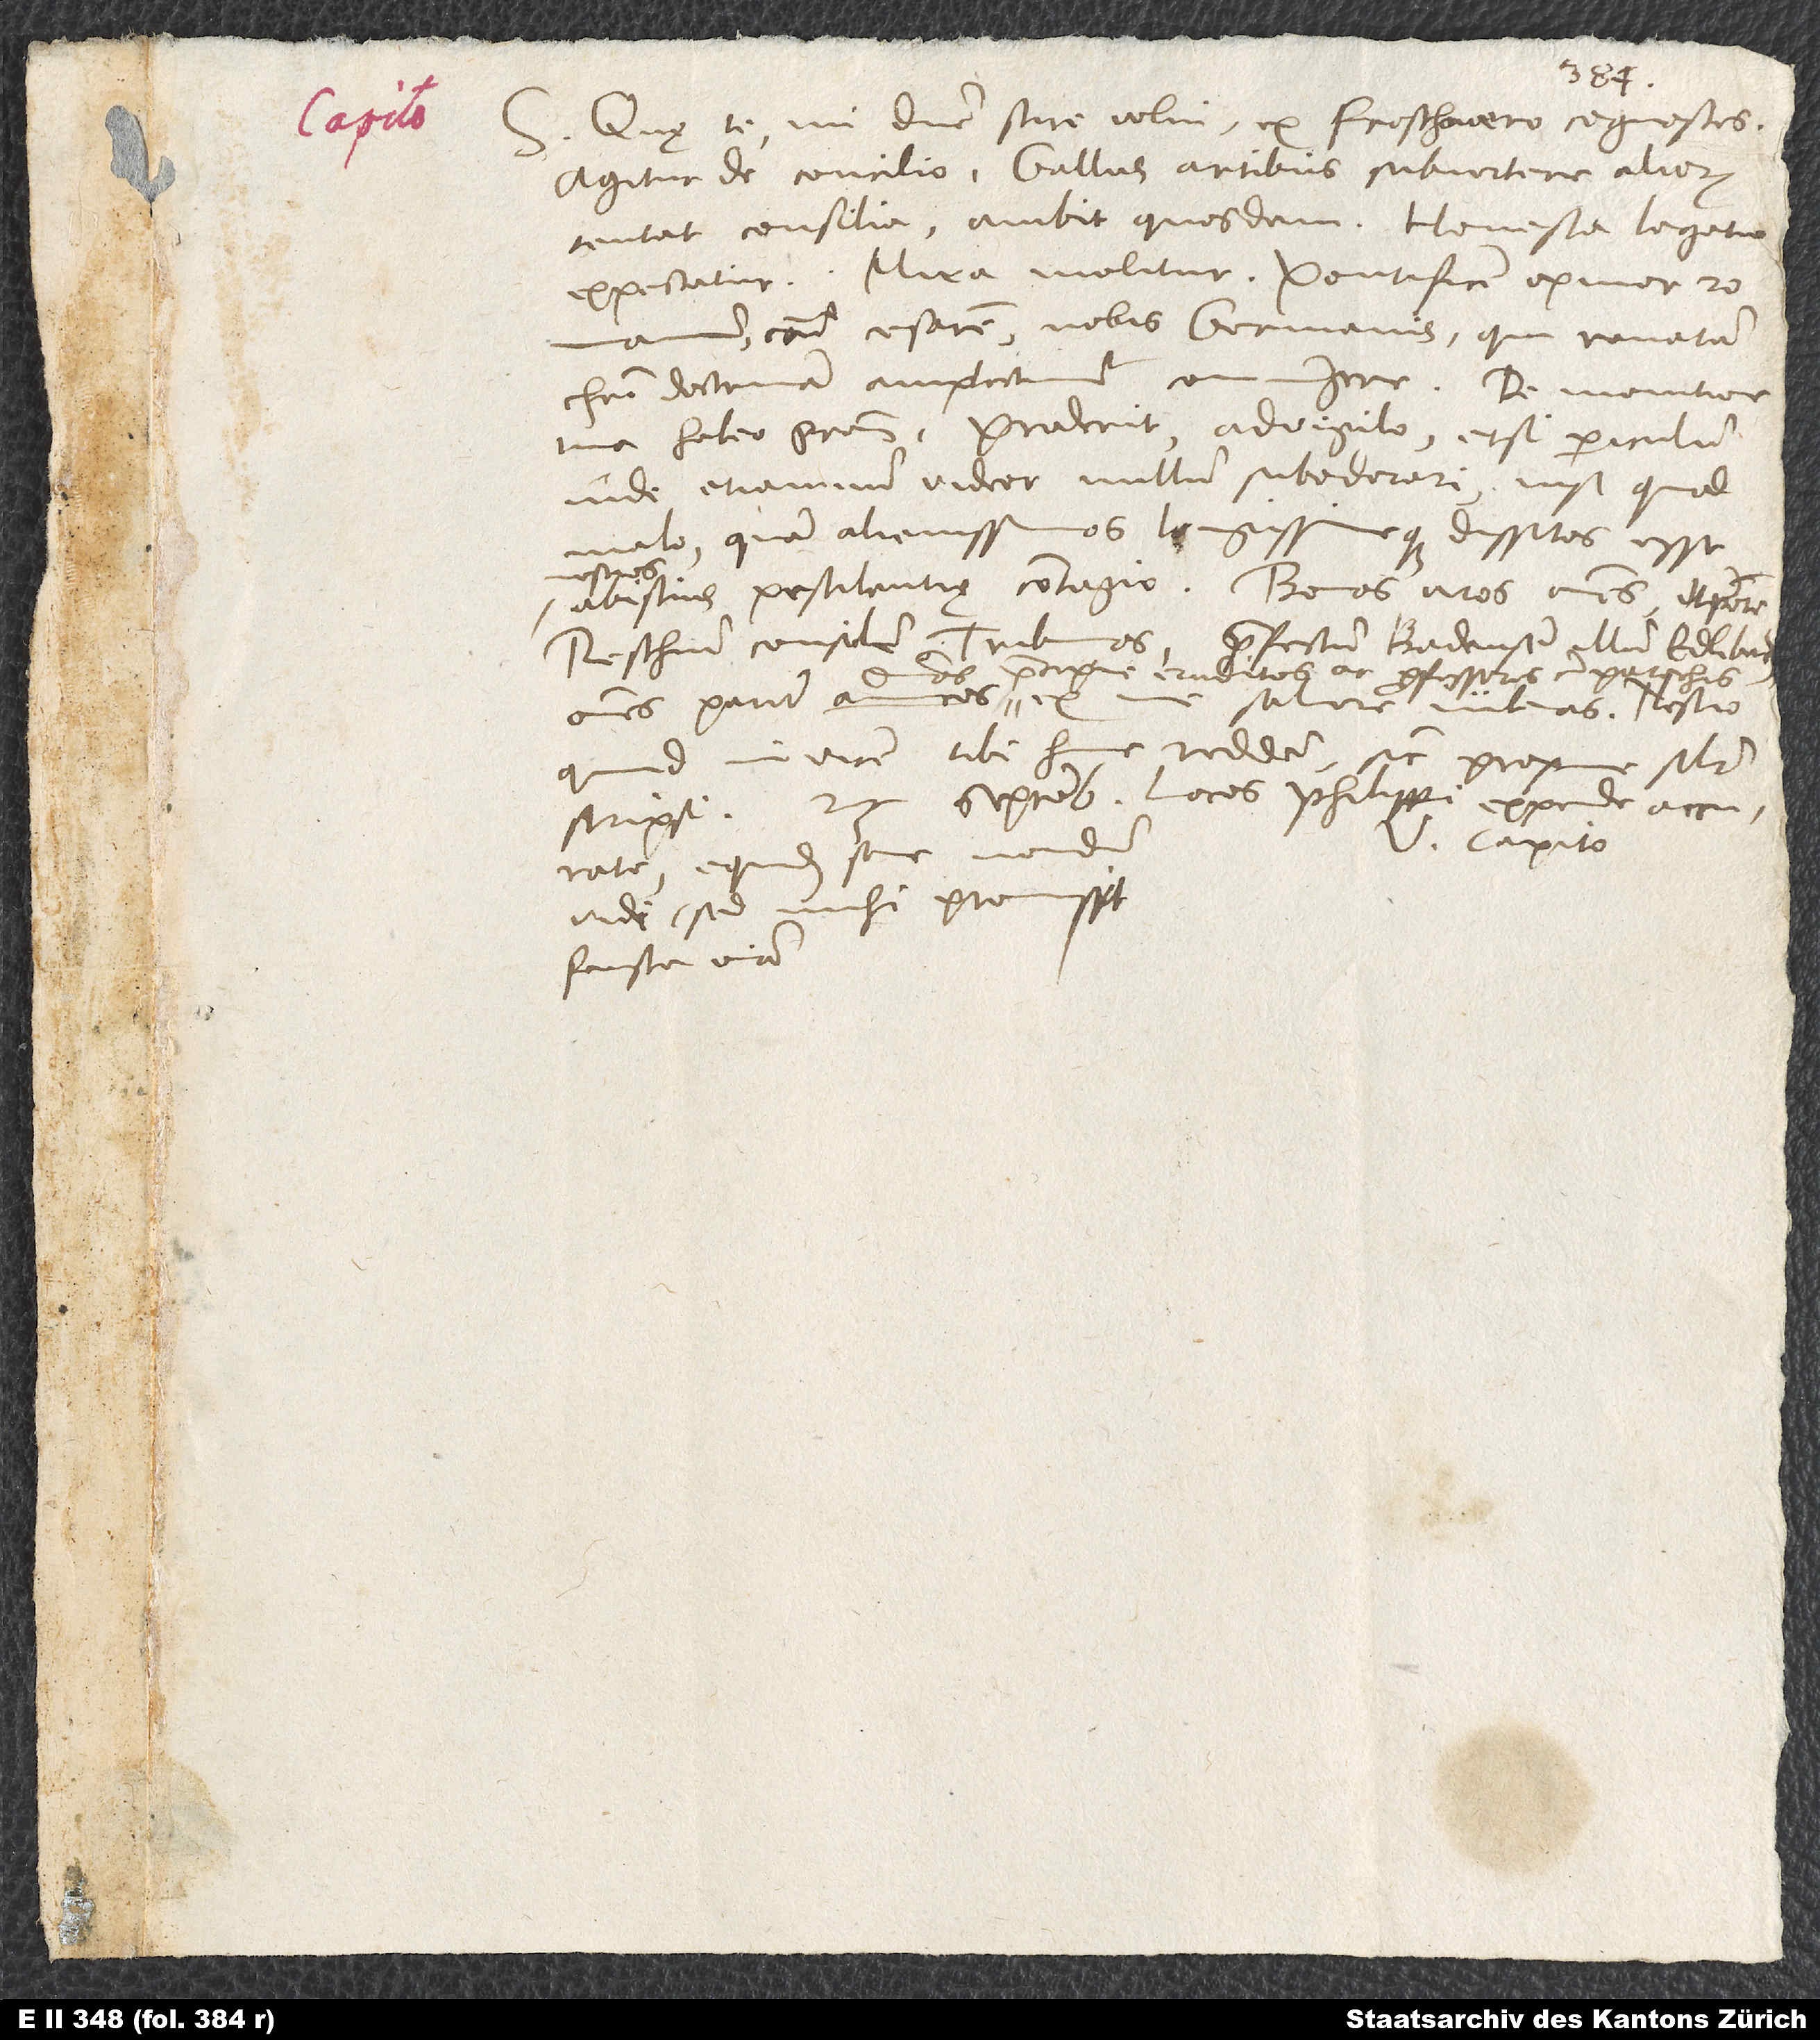
S. Quę te, mi domine, scire volui, ex Froschouero cognosces.
Agitur de concilio. Gallus artibus subvertere aliorum
tentat consilia. Ambit quosdam. Honesta legatio
expectatur. Mira molitur: pontificem, opinor, Romanum
contra cesarem nobis Germanis, qui renatam
Christi doctrinam amplectimur, coniungere. De monitione
tua habeo gratiam; prudent. Advigilo, etsi periculum
inde etiamnum videor nullum subodorari, nisi quod
malo quam alienissimos longissimeque dissitos esse
nostros
ab istius pestilentię contagio. Bonos viros omnes, utpote
Reschium consulem, tribunos, praefectum Badensium illum Edlibach,
praecipue eruditos ac
omnes pariter amicos, dominos
salvere iubeas. Nescio,
quid invicem tibi hinc reddam, sicut proxime similiter
scripsi. 25. septembris. Locos Philippi expende accurate.
V. Capito.
Equidem sane nondum
vidi, sed mihi promisit
fausta omnia.